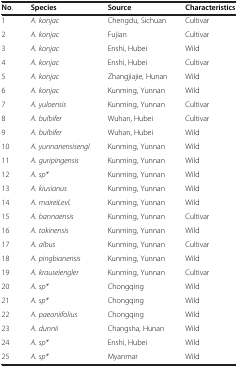
| No. | Species | Source | Characteristics |
 | --- | --- | --- | --- |
 | 1 | A. konjac | Chengdu, Sichuan | Cultivar |
 | 2 | A. konjac | Fujian | Cultivar |
 | 3 | A. konjac | Enshi, Hubei | Wild |
 | 4 | A. konjac | Enshi, Hubei | Cultivar |
 | 5 | A. konjac | Zhangjiajie, Hunan | Wild |
 | 6 | A. konjac | Kunming, Yunnan | Wild |
 | 7 | A. yuloensis | Kunming, Yunnan | Cultivar |
 | 8 | A. bulbifer | Wuhan, Hubei | Cultivar |
 | 9 | A. bulbifer | Wuhan, Hubei | Wild |
 | 10 | A. yunnanensisengl | Kunming, Yunnan | Wild |
 | 11 | A. guripingensis | Kunming, Yunnan | Wild |
 | 12 | A. sp* | Kunming, Yunnan | Wild |
 | 13 | A. kiusianus | Kunming, Yunnan | Wild |
 | 14 | A. maireiLevl. | Kunming, Yunnan | Wild |
 | 15 | A. bannaensis | Kunming, Yunnan | Cultivar |
 | 16 | A. tokinensis | Kunming, Yunnan | Wild |
 | 17 | A. albus | Kunming, Yunnan | Cultivar |
 | 18 | A. pingbianensis | Kunming, Yunnan | Wild |
 | 19 | A. krauseiengler | Kunming, Yunnan | Cultivar |
 | 20 | A. sp* | Chongqing | Wild |
 | 21 | A. sp* | Chongqing | Wild |
 | 22 | A. paeoniifolius | Chongqing | Wild |
 | 23 | A. dunnii | Changsha, Hunan | Wild |
 | 24 | A. sp* | Enshi, Hubei | Wild |
 | 25 | A. sp* | Myanmar | Wild |